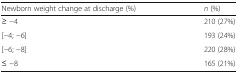
<table><thead><tr><td><b>Newborn weight change at discharge (%)</b></td><td><b><i>n</i> (%)</b></td></tr></thead><tbody><tr><td>≥ −4</td><td>210 (27%)</td></tr><tr><td>[−4; −6]</td><td>193 (24%)</td></tr><tr><td>[−6; −8]</td><td>220 (28%)</td></tr><tr><td>≤ −8</td><td>165 (21%)</td></tr></tbody></table>